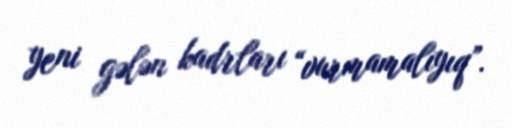
yeni gələn kadrları “vurmamalıyıq”.